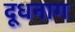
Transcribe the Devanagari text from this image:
दूधनाग